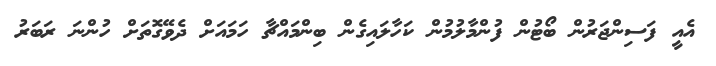
އެއީ ފަސިންޖަރުން ބޯޓުން ފުންމާލުމުން ކަހާލައިގެން ބިންމައްޗާ ހަމައަށް ދެވޭގޮތަށް ހުންނަ ރަބަރު